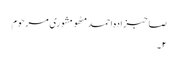
صاحبزادہ احمد مٹھو مشوری مرحوم
۲۔